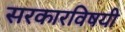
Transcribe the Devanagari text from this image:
सरकारविषयी